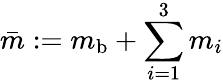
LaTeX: \bar{m}:=m_{\mathrm{b}}+\sum_{i=1}^{3}m_{i}